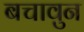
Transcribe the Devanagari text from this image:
बचावुन